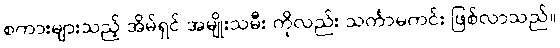
စကားများသည့် အိမ်ရှင် အမျိုးသမီး ကိုလည်း သင်္ကာမကင်း ဖြစ်လာသည်။